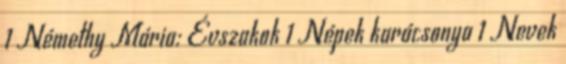
1 Némethy Mária: Évszakok 1 Népek karácsonya 1 Nevek